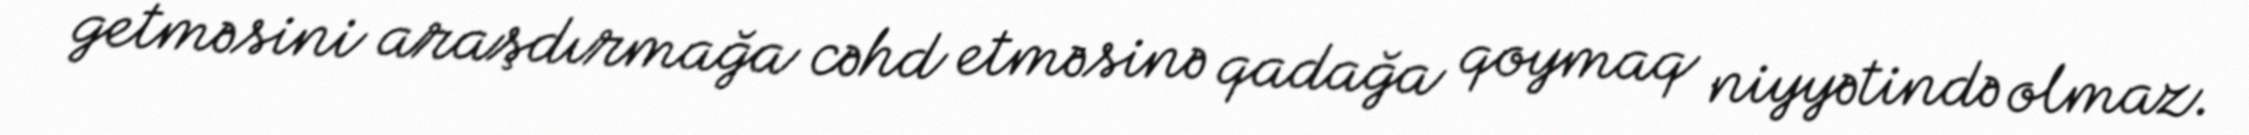
getməsini araşdırmağa cəhd etməsinə qadağa qoymaq niyyətində olmaz.